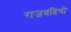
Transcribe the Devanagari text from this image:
राजबंदियो